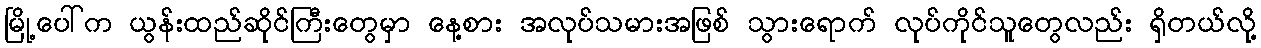
မြို့ပေါ်က ယွန်းထည်ဆိုင်ကြီးတွေမှာ နေ့စား အလုပ်သမားအဖြစ် သွားရောက် လုပ်ကိုင်သူတွေလည်း ရှိတယ်လို့